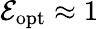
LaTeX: \mathcal E_{\mathrm{opt}}\approx 1